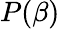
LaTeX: P(\beta)